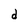
Character: d